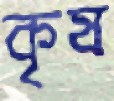
কৃষ